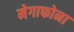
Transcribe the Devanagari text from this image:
मेगाफोना